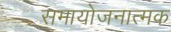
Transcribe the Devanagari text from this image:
समायोजनात्मक